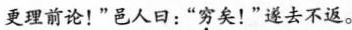
更理前论！”邑人日：”穷矣！”遂去不返。